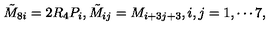
\tilde { M } _ { 8 i } = 2 R _ { 4 } P _ { i } , \tilde { M } _ { i j } = M _ { i + 3 j + 3 } , i , j = 1 , \cdots 7 ,